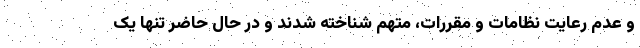
و عدم رعایت نظامات و مقررات، متهم شناخته شدند و در حال حاضر تنها یک